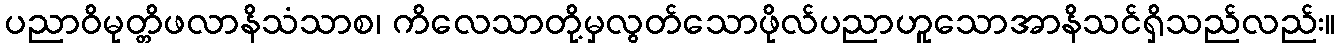
ပညာဝိမုတ္တိဖလာနိသံသာစ၊ ကိလေသာတို့မှလွတ်သောဖိုလ်ပညာဟူသောအာနိသင်ရှိသည်လည်း။